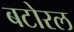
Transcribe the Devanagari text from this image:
बटोरल